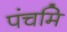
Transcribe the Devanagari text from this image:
पंचमि